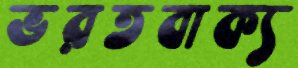
ভরতবাক্য